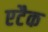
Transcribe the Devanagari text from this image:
एटैक